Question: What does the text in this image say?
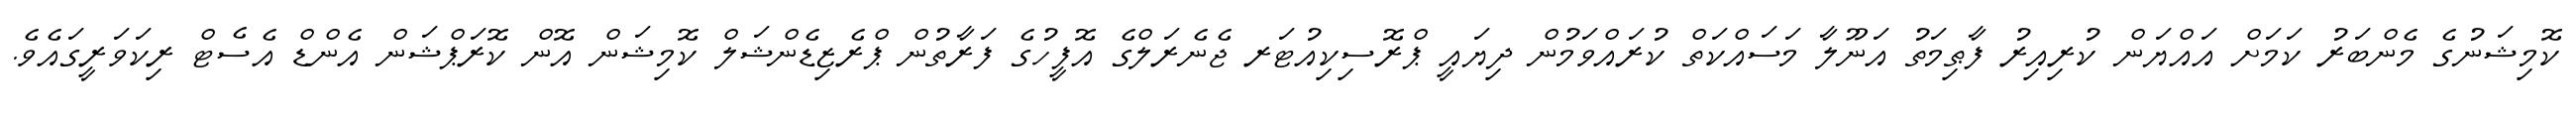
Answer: ކޮމިޝަނުގެ މެންބަރު ކަމަށް އައްޔަން ކުރިއިރު ފާޠިމަތު އަނޫލާ މަސައްކަތް ކުރައްވަމުން ދިޔައީ ޕްރޮސިކިއުޓަރ ޖެނެރަލްގެ އޮފީހުގެ ފަރާތުން ޕްރެޒިޑެންޝަލް ކޮމިޝަން އޮން ކޮރަޕްޝަން އެންޑް އެސެޓް ރިކަވަރީގައެވެ.